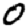
Digit: 0